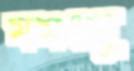
মমংসু